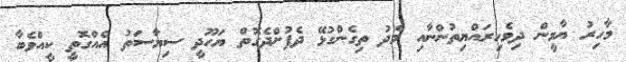
މާހިރު ޔާމީން ދިވެހިރައްޔިތުންނާއި މެދު ތިގެންގުޅޭ ދެފުށްދެގޮތް ޔަހޫދީ ސިޔާސަތު އެއްގޮތީ ކީއްވެބާ